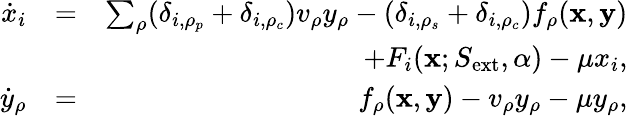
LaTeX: \begin{array}{rlr}{\dot{x}_{i}}&{=}&{\sum_{\rho}(\delta_{i,\rho_{p}}+\delta_{i,\rho_{c}})v_{\rho}y_{\rho}-(\delta_{i,\rho_{s}}+\delta_{i,\rho_{c}})f_{\rho}({\mathbf x},{\mathbf y})}\\ &{}&{+F_{i}(\textbf{x};S_{\mathrm{ext}},\alpha)-\mu x_{i},}\\ {\dot{y}_{\rho}}&{=}&{f_{\rho}({\mathbf x},{\mathbf y})-v_{\rho}y_{\rho}-\mu y_{\rho},}\end{array}